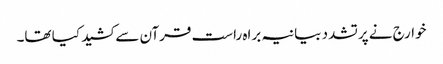
خوارج نے پرتشدد بیانیہ براہ راست قرآن سے کشید کیا تھا۔